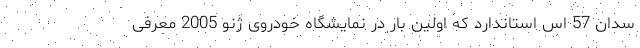
سدان 57 اس استاندارد که اولین بار در نمایشگاه خودروی ژنو 2005 معرفی